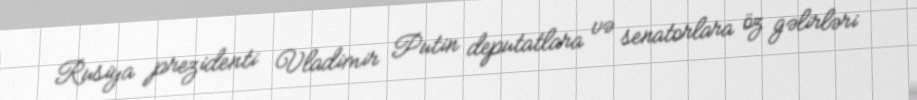
Rusiya prezidenti Vladimir Putin deputatlara və senatorlara öz gəlirləri